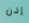
إذن